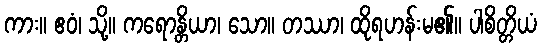
ကား။ ဧဝံ၊ သို့။ ကရောန္တိယာ၊ သော။ တဿာ၊ ထိုရဟန်းမ၏။ ပါစိတ္တိယံ